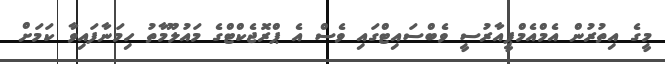
މީގެ އިތުރުން އެމްއެމްޕީއާރުސީ ވެބްސައިޓްގައި ވެސް އެ ޕްރޮޖެކްޓްގެ މައުލޫމާތު ހިމަނާފައިވާ ކަމަށް